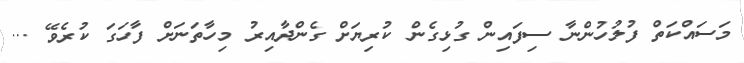
މަސައްކަތް ފުލުހުންނާ ސިފައިން ގުޅިގެން ކުރިޔަށް ގެންދާއިރު މިހާތަނަށް ފާހަގަ ކުރެވޭ ...